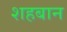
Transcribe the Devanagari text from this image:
शहबान